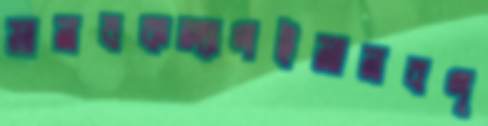
মানবকল্যাণইমানবণ্